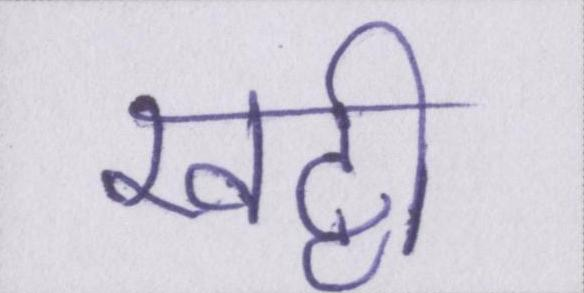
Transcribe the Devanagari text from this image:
खट्टी